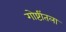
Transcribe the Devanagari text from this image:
गोष्टींतला